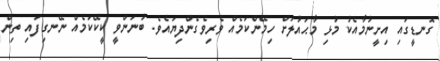
ގޮނޑީގައި އިށީނުމާއެކު މުޅި މާޙައުލަށް ހިމޭންކަމެއް ވެރިވެގެންދިޔައެވެ. ބުނަންވީ ކީކޭކަމެއް ނޭނގިފައި ތިން